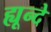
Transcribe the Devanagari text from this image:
ह्यून्दे